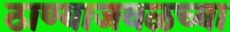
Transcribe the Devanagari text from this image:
ठाण्याजवळच्या